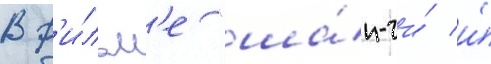
В ф'и́льм'е "ша́н-чи́ и́